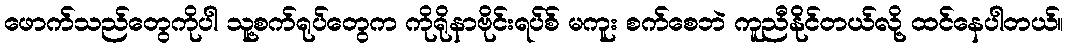
ဖောက်သည်တွေကိုပါ သူ့စက်ရုပ်တွေက ကိုရိုနာဗိုင်းရပ်စ် မကူး စက်စေဘဲ ကူညီနိုင်တယ်လို့ ထင်နေပါတယ်။